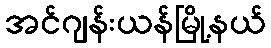
အင်ဂျန်းယန်မြို့နယ်